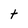
Character: t